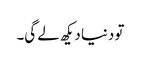
تو دنیا دیکھ لے گی۔